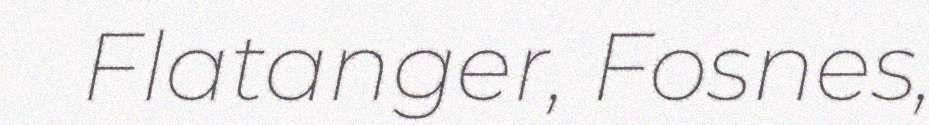
Flatanger, Fosnes,